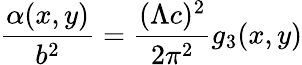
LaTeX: \frac{\alpha(x,y)}{b^{2}}=\frac{(\Lambda c)^{2}}{2\pi^{2}}g_{3}(x,y)